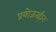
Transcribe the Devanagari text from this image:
प्रयोजनहीन